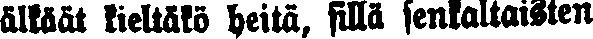
älkäät kieltäkö heitä, sillä senkaltaisten